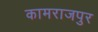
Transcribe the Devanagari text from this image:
कामराजपुर